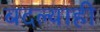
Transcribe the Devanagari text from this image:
बदल्याही